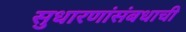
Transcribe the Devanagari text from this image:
सुधारणांसंबधाची